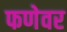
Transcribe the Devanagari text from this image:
फणेवर